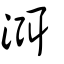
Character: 渳